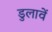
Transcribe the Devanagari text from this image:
डुलावें